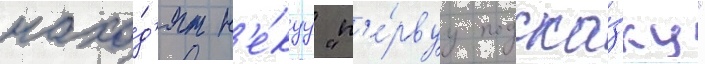
нахо́д'ят н'е́куу "п'е́рвуу подска́зку"